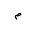
Letter: _mim